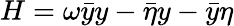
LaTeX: H=\omega\bar{y}y-\bar{\eta}y-\bar{y}\eta